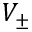
V _ { \pm }